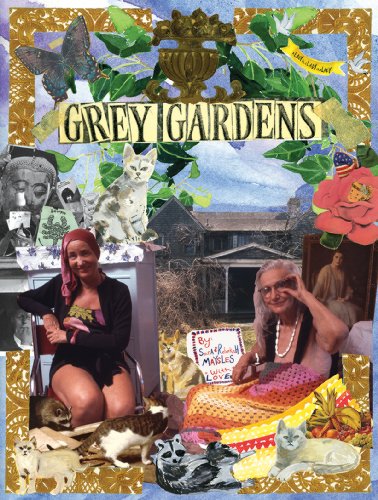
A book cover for Grey Gardens; Humor & Entertainment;